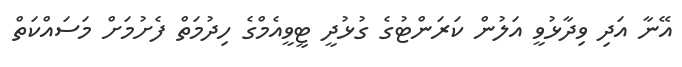
އޭނާ އަދި ވިދާޅުވީ އަލުން ކަރަންޓުގެ ގުޅުދީ ޓީވީއެމްގެ ހިދުމަތް ފެށުމަށް މަސައްކަތް